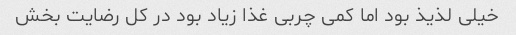
خیلی لذیذ بود اما کمی چربی غذا زیاد بود در کل رضایت بخش